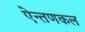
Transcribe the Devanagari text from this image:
ऐन्तणकल